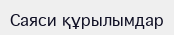
Саяси құрылымдар